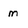
Character: m